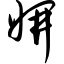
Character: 妍